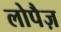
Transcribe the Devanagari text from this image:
लोपैज़